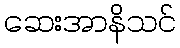
ဆေးအာနိသင်